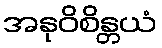
အနုဝိစိန္တယံ